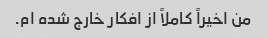
من اخیراً کاملاً از افکار خارج شده ام.